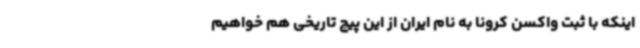
اینکه با ثبت واکسن کرونا به نام ایران از این پیچ تاریخی هم خواهیم